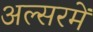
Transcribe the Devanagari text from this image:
अल्सरमें